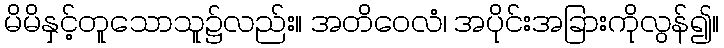
မိမိနှင့်တူသောသူ၌လည်း။ အတိဝေလံ၊ အပိုင်းအခြားကိုလွန်၍။